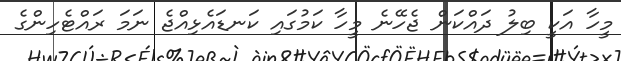
މީހާ އަކީ ބިލު ދައްކަން ޖެހޭނެ މީހާ ކަމުގައި ކަނޑައެޅިއްޖެ ނަމަ ރައްޓެހިންގެ